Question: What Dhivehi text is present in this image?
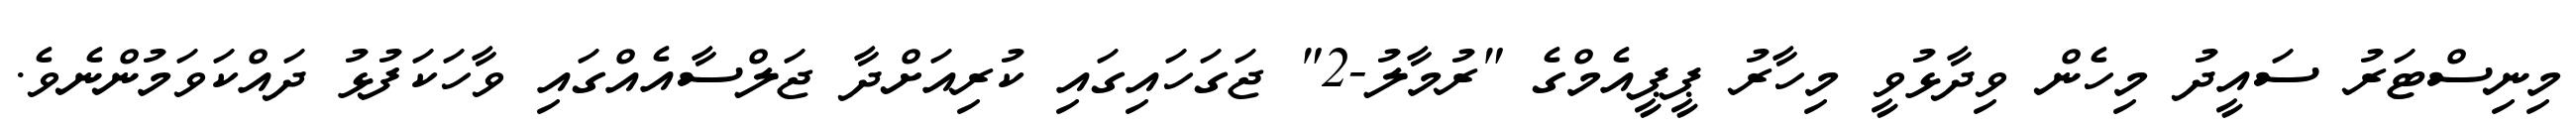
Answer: މިނިސްޓަރު ސައީދު މިހެން ވިދާޅުވީ މިހާރު ޕީޕީއެމްގެ "ރުމާލު-2" ޖަގަހައިގައި ކުރިއަށްދާ ޖަލްސާއެއްގައި ވާހަކަފުޅު ދައްކަވަމުންނެވެ.